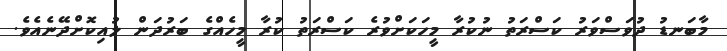
މާބަނޑު ދުވަސްވަރު ކަސްރަތު ނުކުރާ މީހަކަށްވުރެ ކަސްރަތު ކުރާ މީހެއްގެ ބަރުދަން ލުއިކޮށްދޭނެއެވެ.